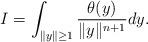
LaTeX: \begin{align*}I=\int_{\|y\|\geq 1}\frac{\theta (y)}{\|y\|^{n+1}}dy.\end{align*}